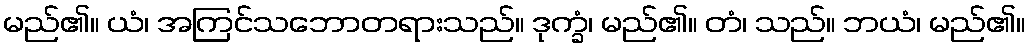
မည်၏။ ယံ၊ အကြင်သဘောတရားသည်။ ဒုက္ခံ၊ မည်၏။ တံ၊ သည်။ ဘယံ၊ မည်၏။